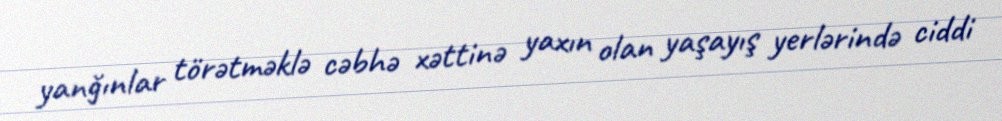
yanğınlar törətməklə cəbhə xəttinə yaxın olan yaşayış yerlərində ciddi